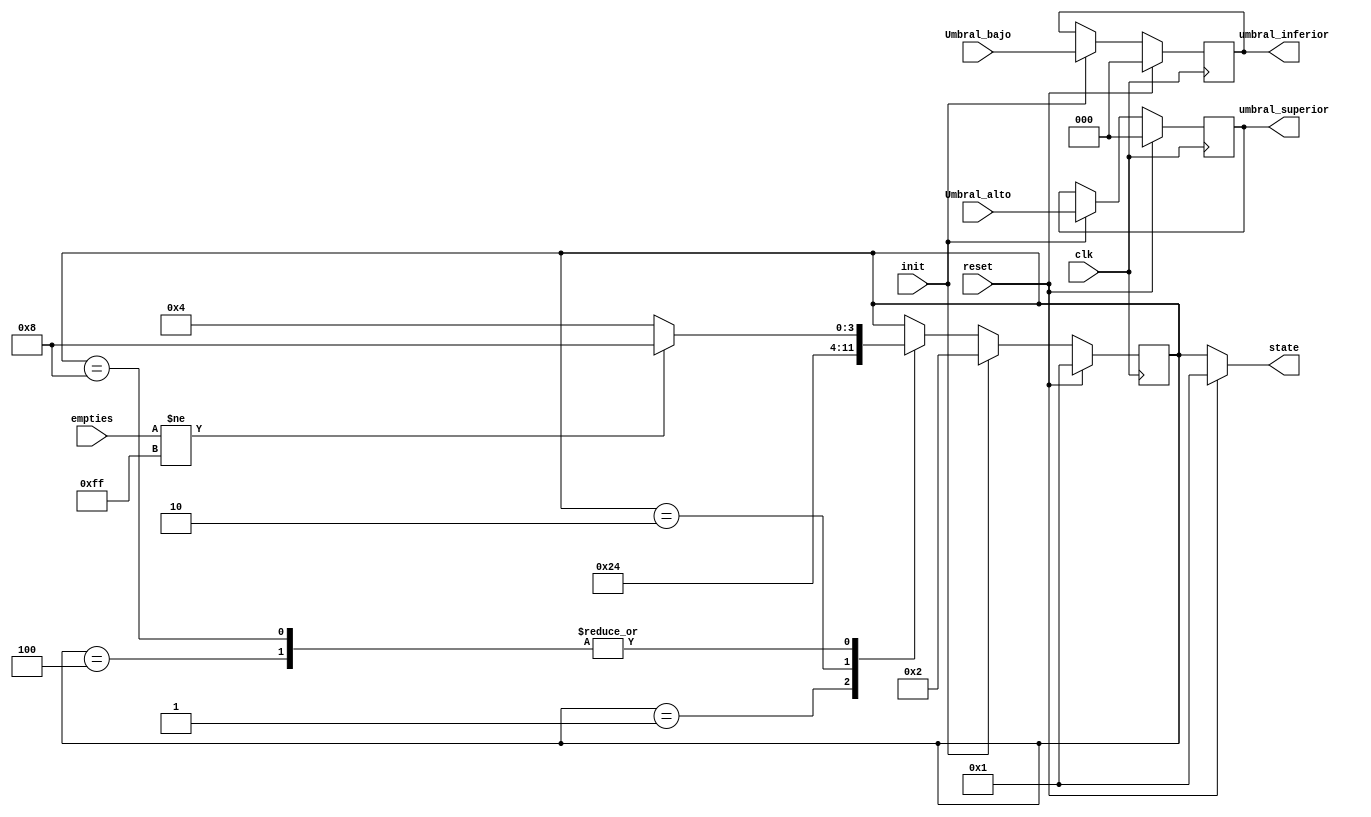
module MaquinaEstados (
    input clk,
    input [2:0] Umbral_alto, Umbral_bajo,
    input reset,
    input init,
    input [7:0] empties,
    output reg [2:0] umbral_superior, umbral_inferior,
    output reg [3:0] state
);
reg [3:0] ProximoEstado, Estado;

parameter [3:0] RESET = 4'b0001;
parameter [3:0] INIT = 4'b0010;
parameter [3:0] IDLE = 4'b0100;
parameter [3:0] ACTIVE = 4'b1000;

always@(posedge clk)begin
    if (reset)begin
        Estado <= RESET;
        umbral_superior<=0;
        umbral_inferior<=0;
    end
    else begin
        if (init)begin
            Estado <= INIT;
            umbral_superior <= Umbral_alto;
            umbral_inferior <= Umbral_bajo;
        end
        else begin
            Estado <= ProximoEstado;
        end
    end
end

always@(*)begin
    
    if(reset)begin
        state = RESET;
        ProximoEstado = 0;
    end
    else begin
    state = Estado;
    ProximoEstado = Estado;
    case(Estado)

        //      *** RESET ***       //
        RESET: begin
            ProximoEstado = INIT;
        end


        //      *** INIT ***       //
        INIT: begin
            ProximoEstado = IDLE;
        end

        //      *** IDLE ***       //
        IDLE: begin
            if(empties != 8'hFF)begin
                ProximoEstado = ACTIVE;
            end
            else begin
                ProximoEstado = IDLE;
            end
        end

        //      *** ACTIVE ***       //
        ACTIVE: begin
            if(empties != 8'hFF)begin
                ProximoEstado = ACTIVE;
            end
            else begin
                ProximoEstado = IDLE;
            end
        end
    endcase

    end
end

endmodule